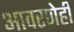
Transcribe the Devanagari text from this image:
आवरणेही